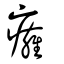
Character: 癰